Tartu_Linna_ja_Maakonna_Kaitseliit, lk 24
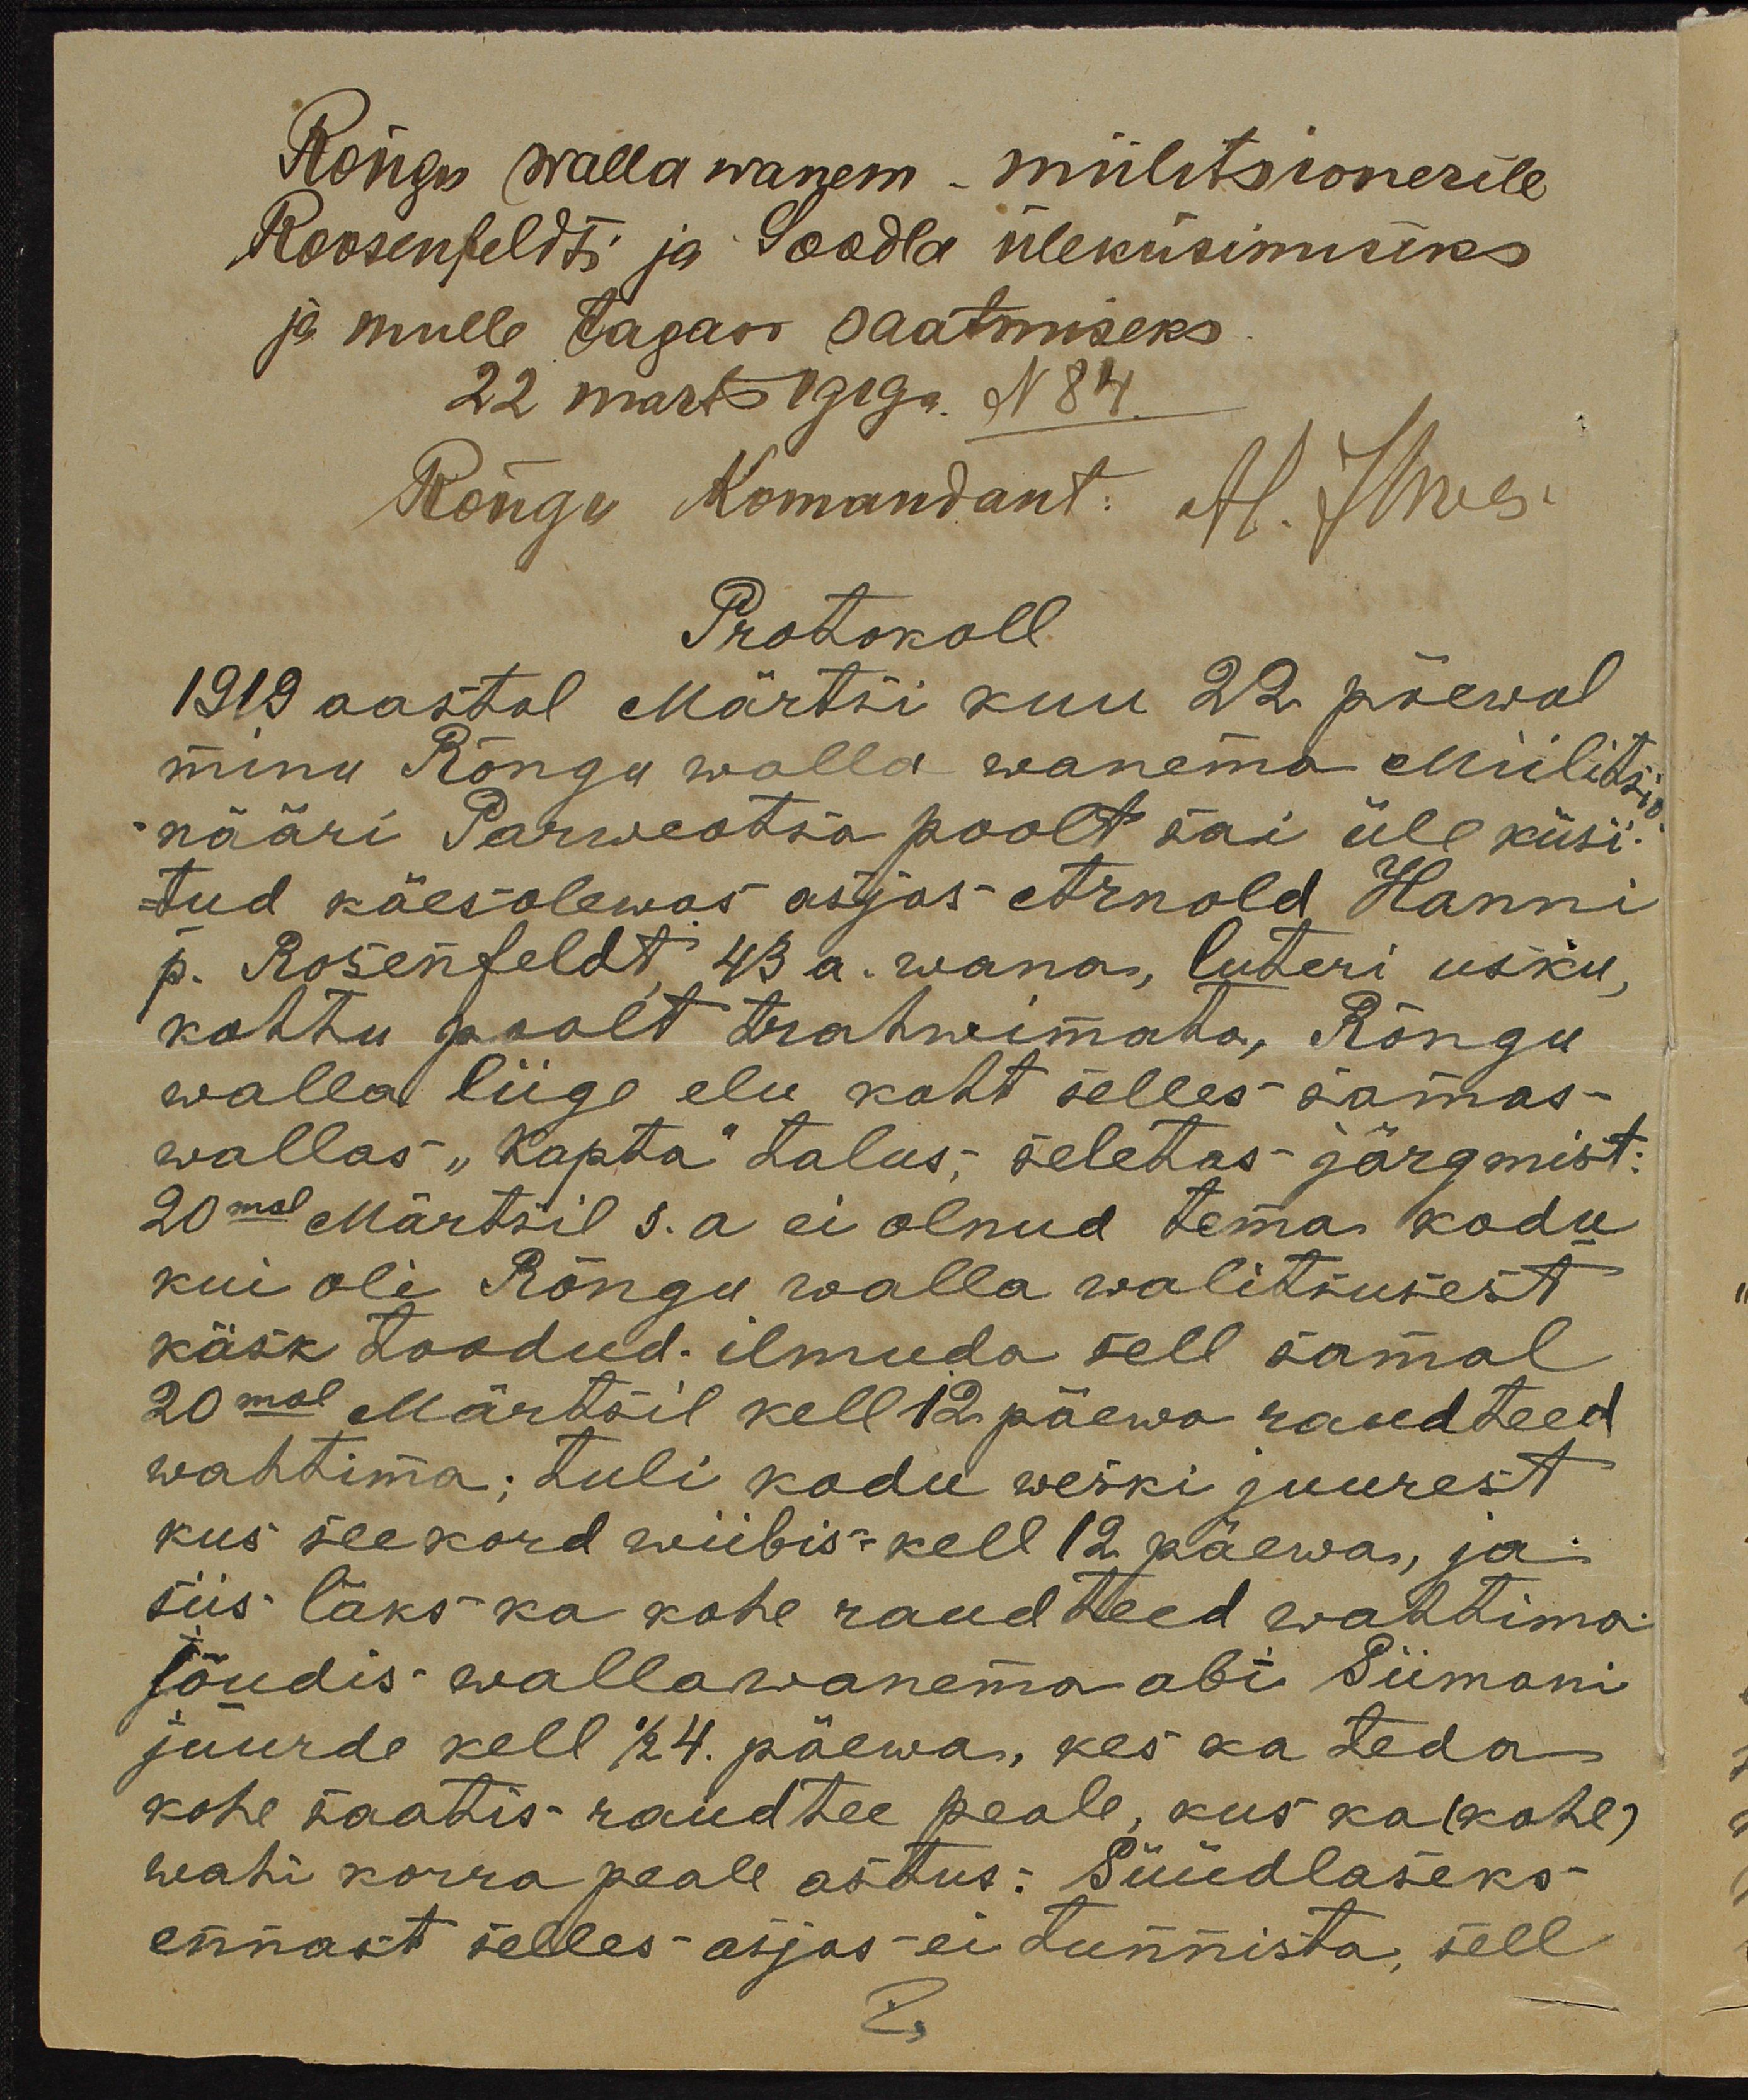
Rõngu wallawanem - miilitsionerile
Roosenfeldti ja Soodla üleküsimiseks
ja mulle tagasi saatmiseks
22 märts 1919a. N84
Rõngu komandant: H. Ilwes.
Protokoll
1919 aastal Märtsi kuu 22 päewal
minu Rõngu walla wanema Miilitsi
nääri Parweotsa poolt sai üle küsi-
tud käesolewas asjas Arnold Hanni
p. Rosenfeldt 43 a. wana, luteri usku,
kohtu poolt trahwimata, Rõngu
walla liige elu koht selles samas-
wallas "Kapta" talus; seletas järgmist:
20mal Märtsil s.a ei olnud tema kodu
kui oli Rõngu walla walitsusest
käsk toodud ilmuda sell samal
20mal Märtsil kell 12 päewa raudteed
wahtima; Tuli kodu weski juurest
kus seekord wiibis-kell 12 päewa, ja
siis läks ka kohe raudteed wahtima.
jõudis wallawanema abi Siimani
juurde kell 1/2 4. päewa, kes ka teda
kohe saatis raudtee peale, kus ka (kohe)
wahi korra peale astus: Süüdlaseks
ennast selles asjas ei tunnista, sell